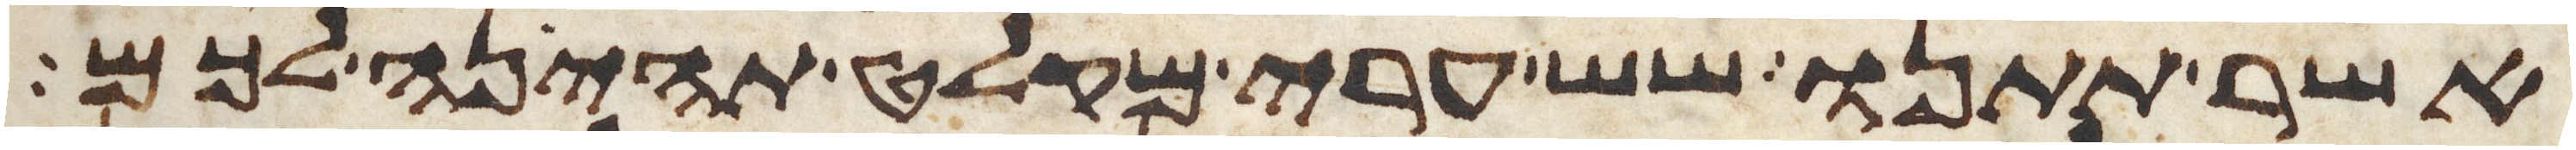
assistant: אשר תתנו שש ערי מקלט תהינה לכם